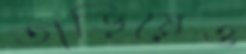
তাড়িয়েও